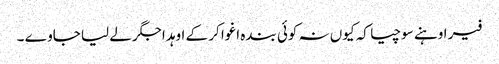
فیر اوہنے سوچیا کہ کیوں نہ کوئی بندہ اغوا کر کے اوہد اجگر لے لیا جاوے ۔